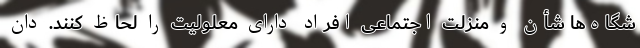
شگاه‌ها شأن و منزلت اجتماعی افراد دارای معلولیت را لحاظ کنند. دان